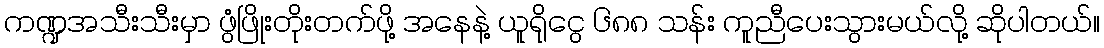
ကဏ္ဍအသီးသီးမှာ ဖွံဖြိုးတိုးတက်ဖို့ အနေနဲ့ ယူရိုငွေ ၆၈၈ သန်း ကူညီပေးသွားမယ်လို့ ဆိုပါတယ်။